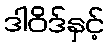
ဒါဝိဒ်နှင့်